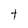
Character: t